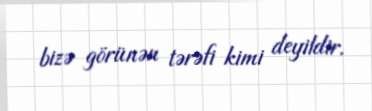
bizə görünən tərəfi kimi deyildir.